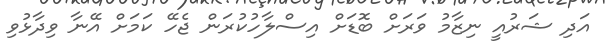
އަދި ޝަރުއީ ނިޒާމު ވަރަށް ބޮޑަށް އިސްލާހުކުރަން ޖެހޭ ކަމަށް އޭނާ ވިދާޅުވި